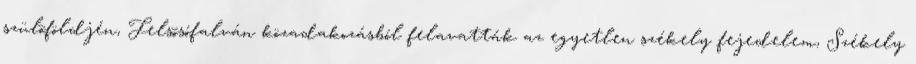
szülõföldjén, Felsõsófalván közadakozásból felavatták az egyetlen székely fejedelem, Székely